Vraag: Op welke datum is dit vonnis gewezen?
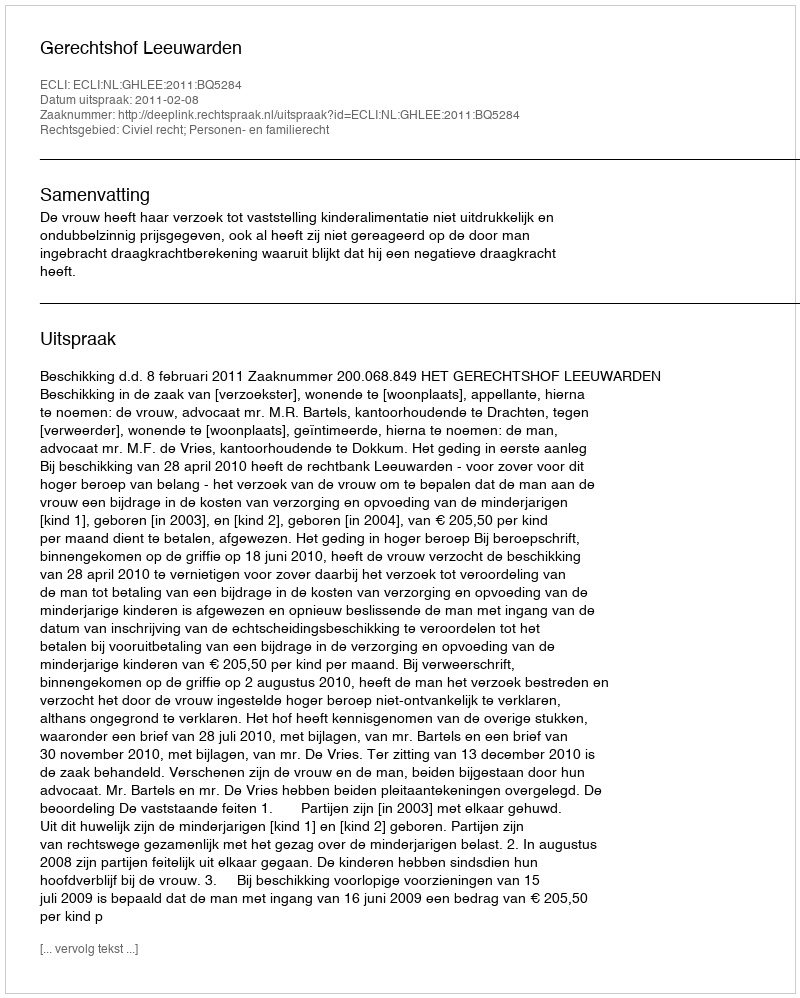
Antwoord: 2011-02-08